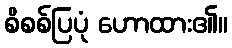
စိစစ်ပြပုံ ဟောထား၏။